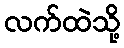
လက်ထဲသို့